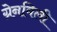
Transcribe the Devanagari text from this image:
ग्रेनविली